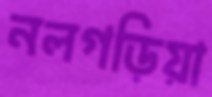
নলগড়িয়া